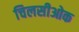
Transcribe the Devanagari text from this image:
चिलसीओक